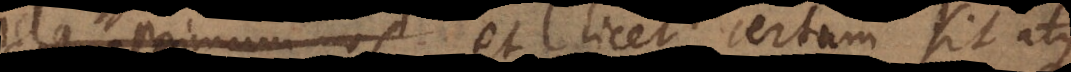
primum nos et licet certum sit De